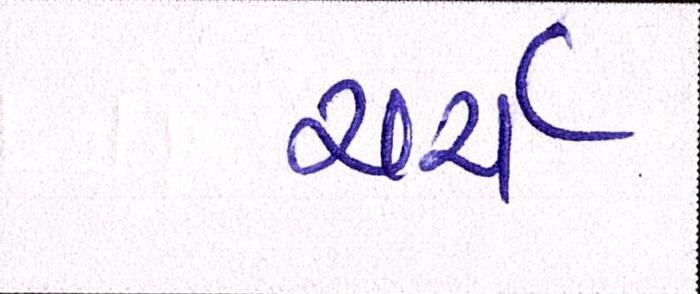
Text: ચર્ચ